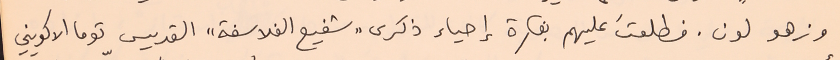
وزهو لون. فطلعتَ عليهم بفكرة إحياء ذكرى "شفيع الفلاسفة" القديس توما الاكويني